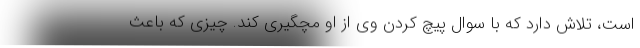
است، تلاش دارد که با سوال پیچ کردن وی از او مچگیری کند. چیزی که باعث